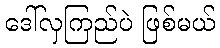
ဒေါ်လှကြည်ပဲ ဖြစ်မယ်